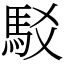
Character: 駁